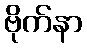
ဗိုက်နာ